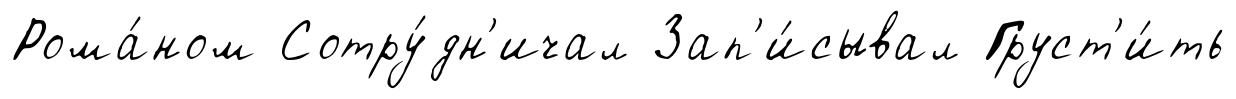
Рома́ном Сотру́дн'ичал Зап'и́сывал Груст'и́ть